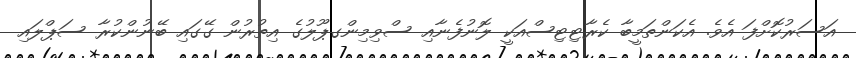
އަސަރުކޮށްފަ އެވެ. އެކަންތަމީބާ ކެރާޓިޓިސްއަކީ ލޮނުފެނާއި ސްވިމިންގޕޫލުގެ އިތުރުން ގޭގައި ބޭނުންކުރާ ސަޕްލައި